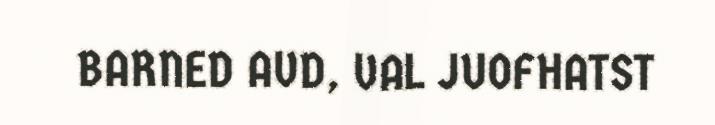
BARNED AVD, VAL JUOFHATST